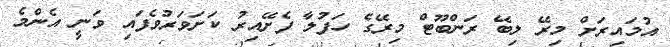
އުމައިރަށް މިރޭ ލިބޭ ރަންބޫޓް މިރޭގެ ހަފުލާ ފެށޭއިރު ކަށަވަރުވެފައި ވަނީ އެންމެ